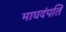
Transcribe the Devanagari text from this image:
माघदंपति